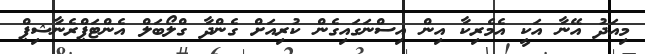
މިއަދު އޭނާ އަކީ އެމެރިކާ އިން އިސްނަގައިގެން ކުރިއަށް ގެންދާ ގްލޯބަލް އެންޓަޕްރެނާޝިޕް